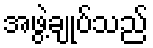
အဖွဲ့ချုပ်သည်